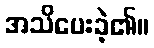
အသိပေးခဲ့၏။